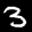
Label: 3